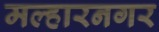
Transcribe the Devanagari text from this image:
मल्हारनगर